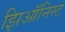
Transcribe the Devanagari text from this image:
झिऑनिस्ट